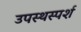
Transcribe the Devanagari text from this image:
उपस्थस्पर्श